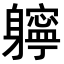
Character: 𨊓